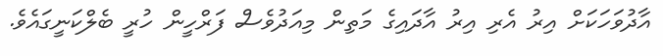
އާދުވަހަކަށް އިރު އެރި އިރު އާދައިގެ މަތިން މިއަދުވެސް ފަރްހީން ހުރީ ބެލްކަނީގައެވެ.